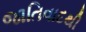
જાતિવાદથી